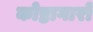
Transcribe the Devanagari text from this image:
कोष्ठागारों